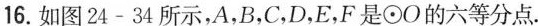
16.如图24-34所示，A，B，C，D，E，F是⊙O的六等分点。